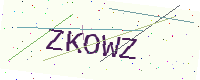
Text: ZKOWZ